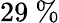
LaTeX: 29\ \%